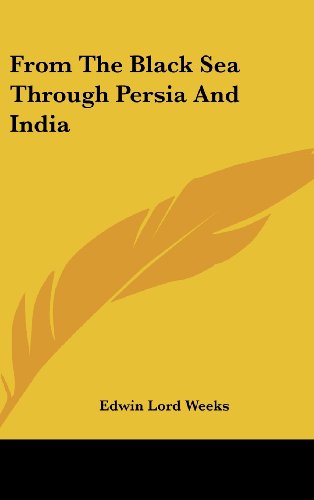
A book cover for From The Black Sea Through Persia And India; Edwin Lord Weeks; History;